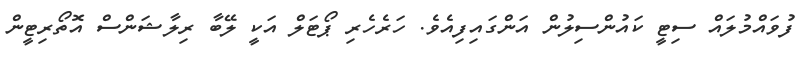
ފުވައްމުލައް ސިޓީ ކައުންސިލުން އަންގައިފިއެވެ. ހަރެހެރި ޕޯޓަލް އަކީ ލޭބާ ރިލާޝަންސް އޮތޯރިޓީން